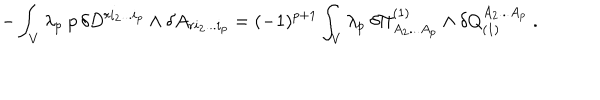
- \int _ { V } \lambda _ { p } \ p \, \delta D ^ { r i _ { 2 } . . . i _ { p } } \wedge \delta A _ { r i _ { 2 } . . . i _ { p } } = ( - 1 ) ^ { p + 1 } \int _ { V } \lambda _ { p } \ \delta \Pi _ { A _ { 2 } . . . A _ { p } } ^ { ( 1 ) } \wedge \delta Q _ { ( 1 ) } ^ { A _ { 2 } . . . A _ { p } } \ .